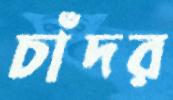
চাঁদর